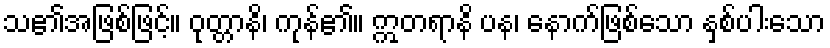
သ၏အဖြစ်ဖြင့်။ ဝုတ္တာနိ၊ ကုန်၏။ ဣတရာနိ ပန၊ နောက်ဖြစ်သော နှစ်ပါးသော